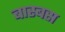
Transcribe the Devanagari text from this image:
बास्बस